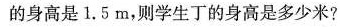
的身高是 1. 5 m，则学生丁的身高是多少米?